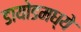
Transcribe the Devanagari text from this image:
डायोडमध्ये